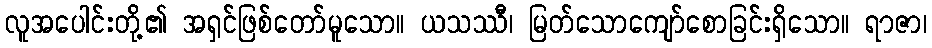
လူအပေါင်းတို့၏ အရှင်ဖြစ်တော်မူသော။ ယသဿီ၊ မြတ်သောကျော်စောခြင်းရှိသော။ ရာဇာ၊